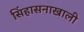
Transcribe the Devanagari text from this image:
सिंहासनाखाली